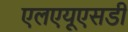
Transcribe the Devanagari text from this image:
एलएयूएसडी